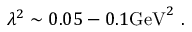
\lambda ^ { 2 } \sim 0 . 0 5 - 0 . 1 \mathrm { G e V } ^ { 2 } \ .